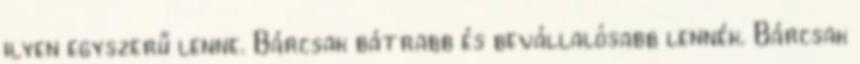
ilyen egyszerű lenne. Bárcsak bátrabb és bevállalósabb lennék. Bárcsak